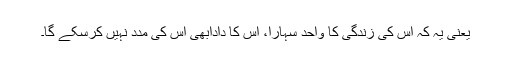
یعنی یہ کہ اس کی زندگی کا واحد سہارا، اس کا دادابھی اس کی مدد نہیں کرسکے گا۔